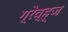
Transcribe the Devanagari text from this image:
ग्रेव्ह्ज